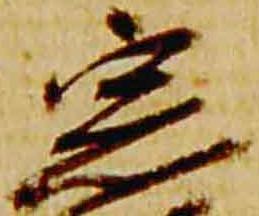
宗